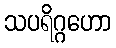
သပရိဂ္ဂဟော